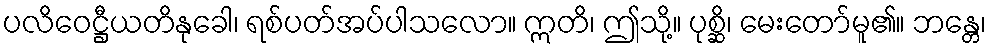
ပလိဝေဋ္ဌီယတိနုခေါ၊ ရစ်ပတ်အပ်ပါသလော။ ဣတိ၊ ဤသို့။ ပုစ္ဆိ၊ မေးတော်မူ၏။ ဘန္တေ၊